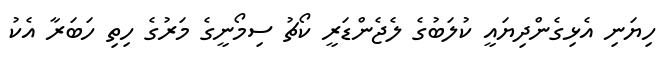
ހިޔަނި އެޅިގެންދިޔައީ ކުލަބުގެ ލެޖެންޑަރީ ކޯޗު ސިމޯނީގެ މަރުގެ ހިތި ހަބަރާ އެކު